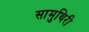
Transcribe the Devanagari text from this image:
सामुथिरी